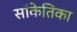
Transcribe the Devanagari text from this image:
सांकेतिका